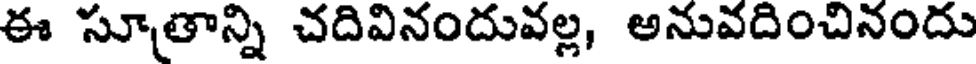
ఈ సూతాన్ని చదివినందువల్ల, అనువదించినందు